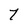
Character: 7